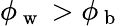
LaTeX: \phi_{\mathrm{~w~}}>\phi_{\mathrm{~b~}}